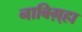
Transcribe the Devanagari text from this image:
नाबिग़्हा